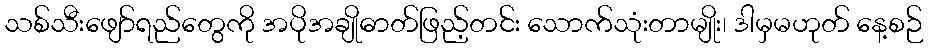
သစ်သီးဖျော်ရည်တွေကို အပိုအချိုဓာတ်ဖြည့်တင်း သောက်သုံးတာမျိုး၊ ဒါမှမဟုတ် နေ့စဉ်